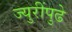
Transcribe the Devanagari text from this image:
ज्युरींपुढे